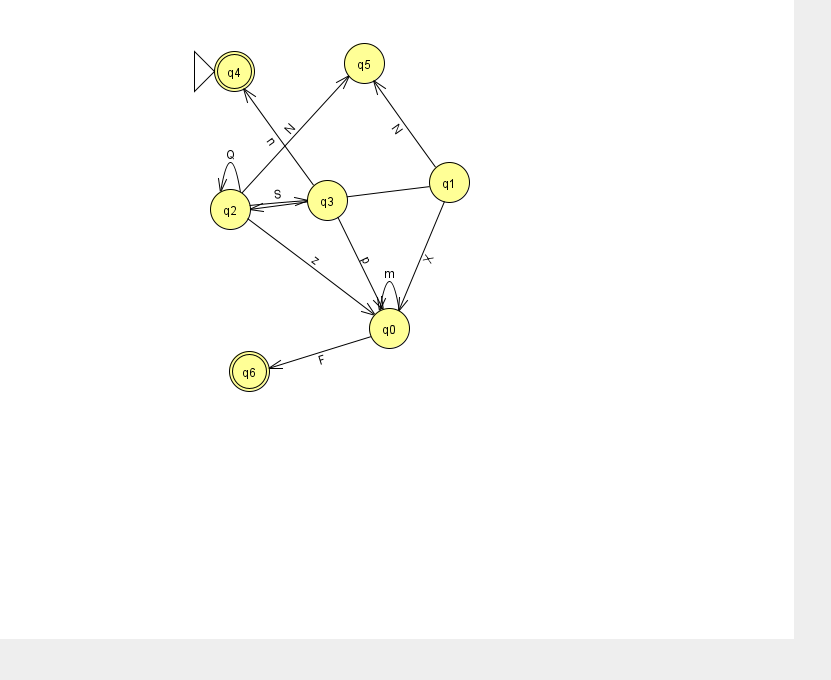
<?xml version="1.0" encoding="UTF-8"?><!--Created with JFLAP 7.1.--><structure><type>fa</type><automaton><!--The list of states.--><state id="0" name="q0"><x>389.0</x><y>315.0</y></state><state id="1" name="q1"><x>449.0</x><y>169.0</y></state><state id="2" name="q2"><x>230.0</x><y>196.0</y></state><state id="3" name="q3"><x>327.0</x><y>187.0</y></state><state id="4" name="q4"><x>234.0</x><y>58.0</y><initial/><final/></state><state id="5" name="q5"><x>364.0</x><y>50.0</y></state><state id="6" name="q6"><x>249.0</x><y>358.0</y><final/></state><!--The list of transitions.--><transition><from>3</from><to>4</to><read>n</read></transition><transition><from>2</from><to>2</to><read>Q</read></transition><transition><from>2</from><to>3</to><read>S</read></transition><transition><from>2</from><to>5</to><read>N</read></transition><transition><from>2</from><to>0</to><read>z</read></transition><transition><from>1</from><to>0</to><read>X</read></transition><transition><from>1</from><to>2</to><read>V</read></transition><transition><from>0</from><to>6</to><read>F</read></transition><transition><from>0</from><to>0</to><read>m</read></transition><transition><from>3</from><to>0</to><read>p</read></transition><transition><from>1</from><to>5</to><read>N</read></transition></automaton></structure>